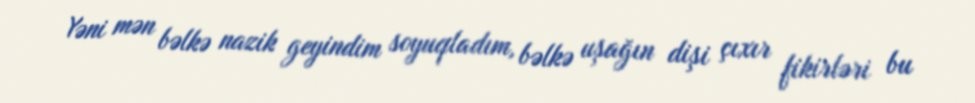
Yəni mən bəlkə nazik geyindim soyuqladım, bəlkə uşağın dişi çıxır fikirləri bu